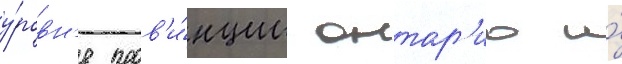
у́ровн'е пров'и́нции онтар'ио и́